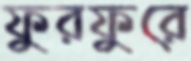
ফুরফুরে